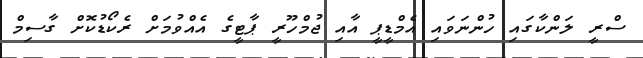
ސްރީ ލަންކާގައި ހުންނަވައި އެމްޑީޕީ އާއި ޖުމްހޫރީ ޕާޓީގެ އެއްވުމަށް ރެކޯޑުކޮށް ގާސިމް